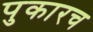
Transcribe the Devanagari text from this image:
पुकारच